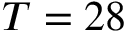
T = 2 8